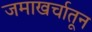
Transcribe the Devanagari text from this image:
जमाखर्चातून